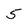
Character: 5